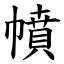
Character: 幩